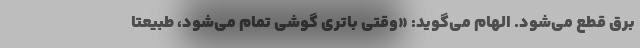
برق قطع می‌شود. الهام می‌گوید: «وقتی باتری گوشی تمام می‌شود، طبیعتا